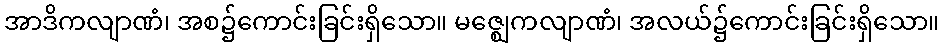
အာဒိကလျာဏံ၊ အစ၌ကောင်းခြင်းရှိသော။ မဇ္ဈေကလျာဏံ၊ အလယ်၌ကောင်းခြင်းရှိသော။